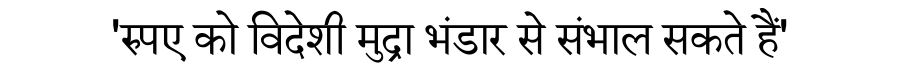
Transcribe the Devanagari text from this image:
'रुपए को विदेशी मुद्रा भंडार से संभाल सकते हैं'